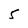
Character: 5